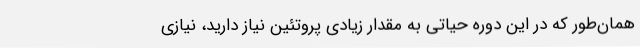
همان‌طور که در این دوره حیاتی به مقدار زیادی پروتئین نیاز دارید، نیازی